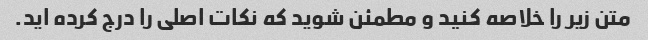
متن زیر را خلاصه کنید و مطمئن شوید که نکات اصلی را درج کرده اید.